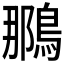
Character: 𫛀